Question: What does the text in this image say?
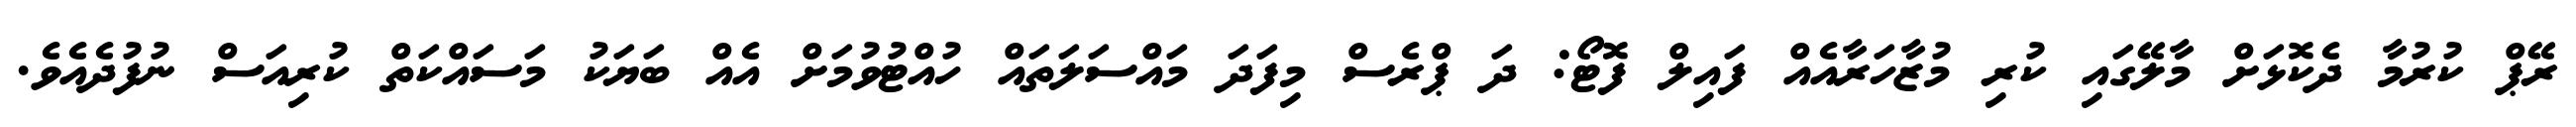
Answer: ރޭޕް ކުރުމާ ދެކޮޅަށް މާލޭގައި ކުރި މުޒާހަރާއެއް ފައިލް ފޮޓޯ: ދަ ޕްރެސް މިފަދަ މައްސަލަތައް ހުއްޓުވުމަށް އެއް ބަޔަކު މަސައްކަތް ކުރިއަސް ނުފުދެއެވެ.